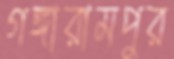
গঙ্গারামপুর